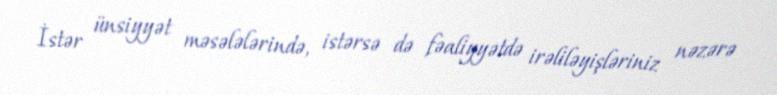
İstər ünsiyyət məsələlərində, istərsə də fəaliyyətdə irəliləyişləriniz nəzərə